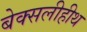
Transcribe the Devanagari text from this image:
बेक्सलीहीथ